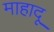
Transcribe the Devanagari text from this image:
माहादू